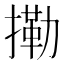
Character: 𢳝